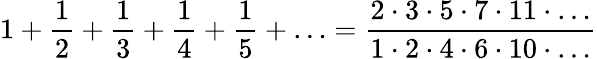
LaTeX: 1+{\frac{1}{2}}+{\frac{1}{3}}+{\frac{1}{4}}+{\frac{1}{5}}+\ldots={\frac{2\cdot 3\cdot 5\cdot 7\cdot 11\cdot\ldots}{1\cdot 2\cdot 4\cdot 6\cdot 10\cdot\ldots}}